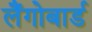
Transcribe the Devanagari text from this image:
लैंगोबार्ड